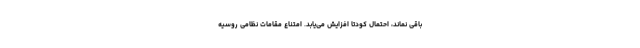
باقی نماند، احتمال کودتا افزایش می‌یابد. امتناع مقامات نظامی روسیه